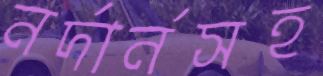
নর্দার্নসহ